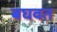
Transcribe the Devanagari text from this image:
बघवत